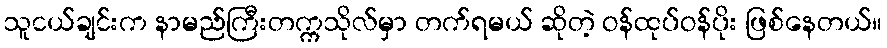
သူငယ်ချင်းက နာမည်ကြီးတက္ကသိုလ်မှာ တက်ရမယ် ဆိုတဲ့ ဝန်ထုပ်ဝန်ပိုး ဖြစ်နေတယ်။